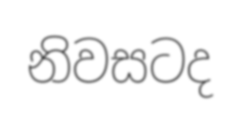
නිවසටද